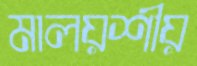
মালয়শীয়